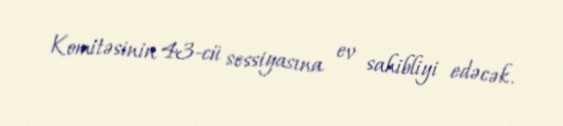
Komitəsinin 43-cü sessiyasına ev sahibliyi edəcək.